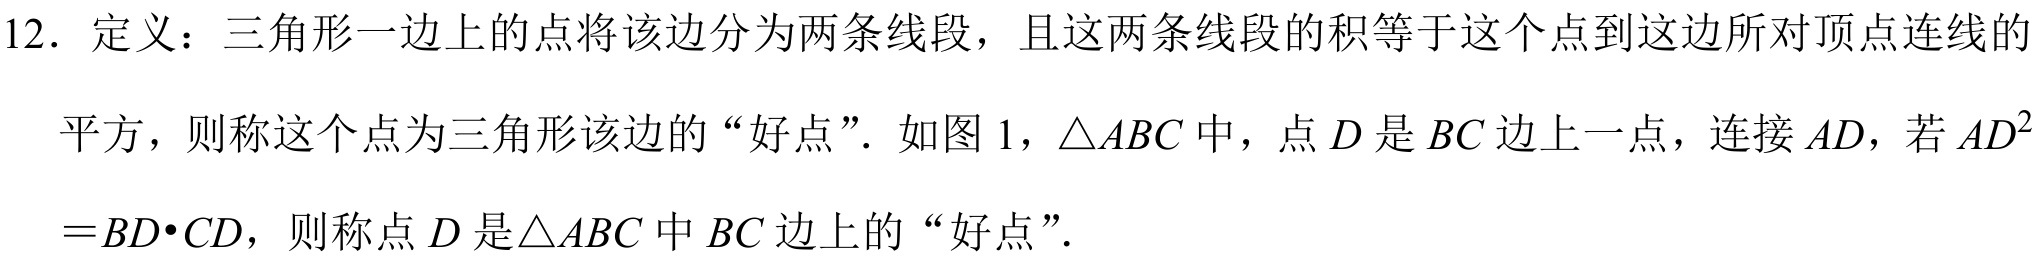
12．定义：三角形一边上的点将该边分为两条线段，且这两条线段的积等于这个点到这边所对顶点连线的平方，则称这个点为三角形该边的“好点”．如图1，\(\triangle ABC\)中，点\(D\)是\(BC\)边上一点，连接\(AD\)，若\(AD^{2}=BD\cdot CD\)，则称点\(D\)是\(\triangle ABC\)中\(BC\)边上的“好点”．